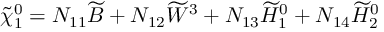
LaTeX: \tilde { \chi } _ { 1 } ^ { 0 } = N _ { 1 1 } \widetilde { B } + N _ { 1 2 } \widetilde { W } ^ { 3 } + N _ { 1 3 } \widetilde { H } _ { 1 } ^ { 0 } + N _ { 1 4 } \widetilde { H } _ { 2 } ^ { 0 }